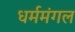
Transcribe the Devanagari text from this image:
धर्ममंगल